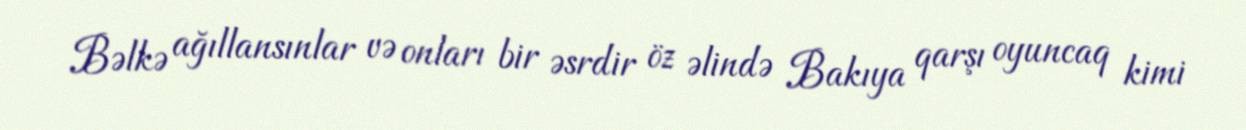
Bəlkə ağıllansınlar və onları bir əsrdir öz əlində Bakıya qarşı oyuncaq kimi